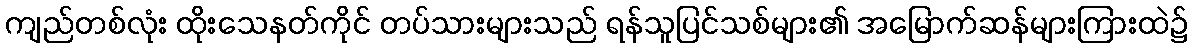
ကျည်တစ်လုံး ထိုးသေနတ်ကိုင် တပ်သားများသည် ရန်သူပြင်သစ်များ၏ အမြောက်ဆန်များကြားထဲ၌